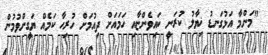
"މަންމާ އަޅުގަނޑު ޚިޔާލު ކުރަނީ ކައިވެންޏާއި ހަމައަށް ދިއުމަށް ހުރިހާ ކަމެއް ޔަގީންވުމުން